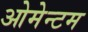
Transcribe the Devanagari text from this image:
ओमेन्टम